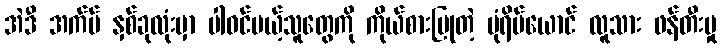
အဲဒီ အက်ပ် နှစ်ခုလုံးမှာ ပါဝင်မယ့်သူတွေကို ကိုယ်စားပြုတဲ့ ပုံရိပ်ယောင် လူသား ဖန်တီးမှု